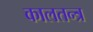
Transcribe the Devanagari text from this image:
कालतन्त्र